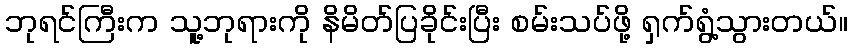
ဘုရင်ကြီးက သူ့ဘုရားကို နိမိတ်ပြခိုင်းပြီး စမ်းသပ်ဖို့ ရှက်ရွံ့သွားတယ်။